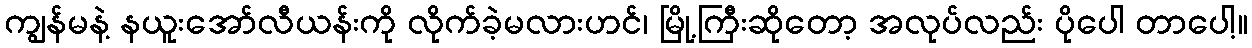
ကျွန်မနဲ့ နယူးအော်လီယန်းကို လိုက်ခဲ့မလားဟင်၊ မြို့ကြီးဆိုတော့ အလုပ်လည်း ပိုပေါ တာပေါ့။